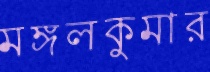
মঙ্গলকুমার